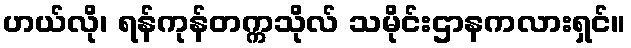
ဟယ်လို၊ ရန်ကုန်တက္ကသိုလ် သမိုင်းဌာနကလားရှင်။